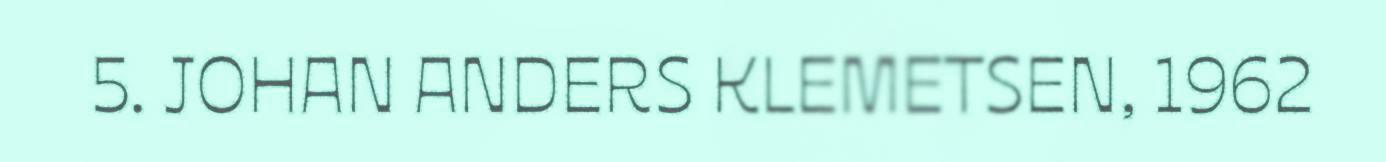
5. JOHAN ANDERS KLEMETSEN, 1962